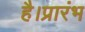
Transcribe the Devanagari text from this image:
है।प्रारंभ